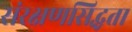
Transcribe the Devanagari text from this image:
संरक्षणसिद्धता